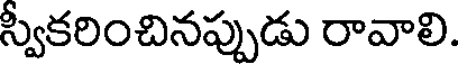
స్వీకరించినప్పుడు రావాలి.